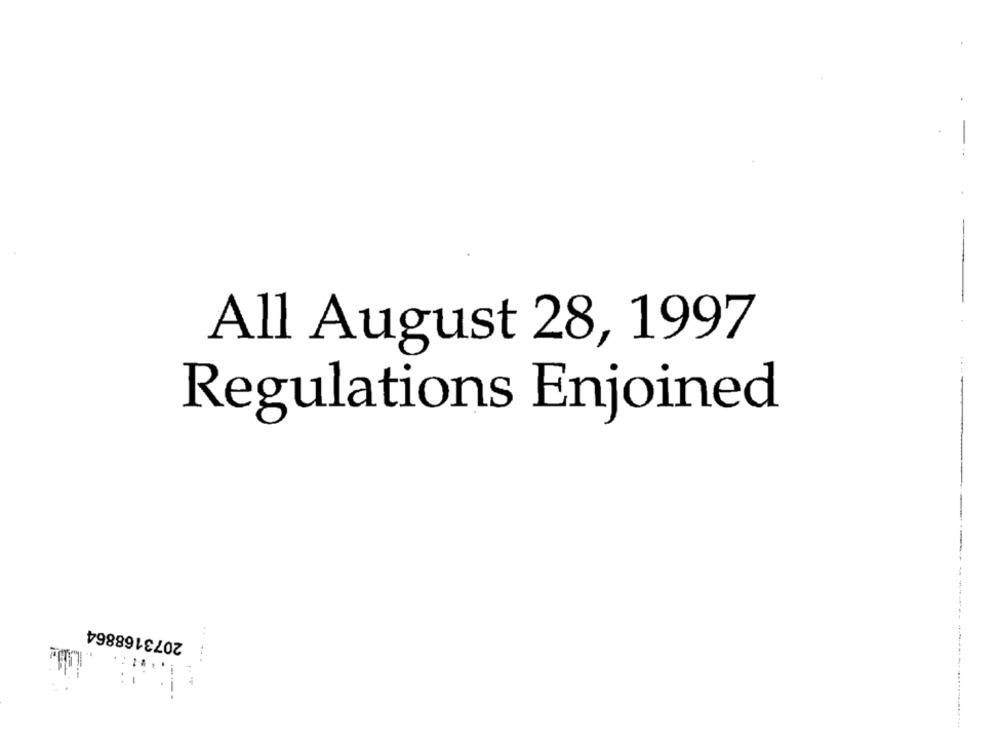
All August 28, 1997
Regulations Enjoined
2073168864
---